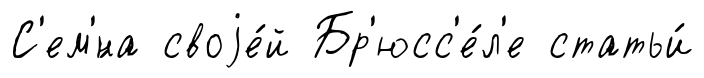
С'ем'́на своjе́й Бр'юсс'е́л'е статьи́